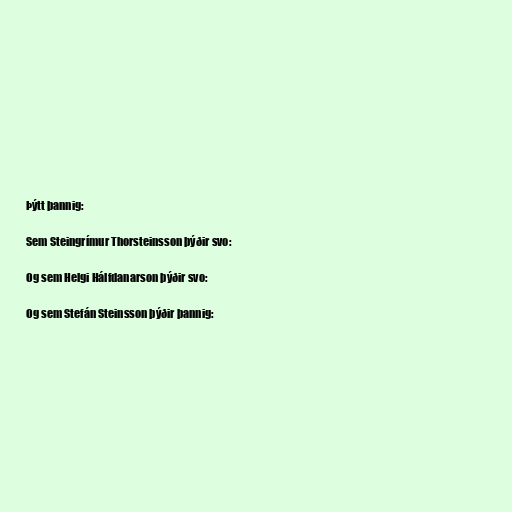
Þýtt þannig:

Sem Steingrímur Thorsteinsson þýðir svo:

Og sem Helgi Hálfdanarson þýðir svo:

Og sem Stefán Steinsson þýðir þannig: